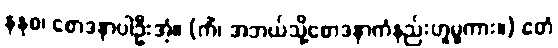
နနုစ၊ စောဒနာပါဦးအံ့။ (ကိံ၊ အဘယ်သို့စောဒနာကံနည်းဟူမူကား။) ဧတံ